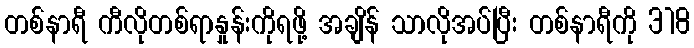
တစ်နာရီ ကီလိုတစ်ရာနှုန်းကိုရဖို့ အချိန် သာလိုအပ်ပြီး တစ်နာရီကို 318